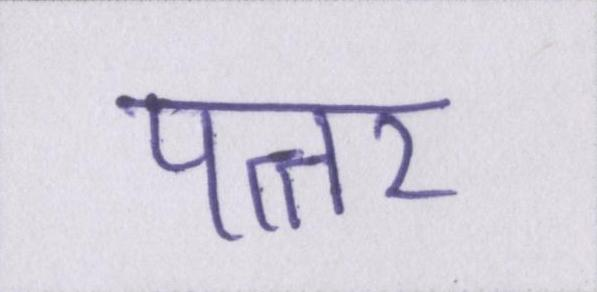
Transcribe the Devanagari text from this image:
पत्तर